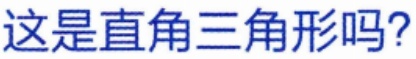
这是直角三角形吗?